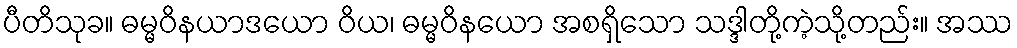
ပီတိသုခ။ ဓမ္မဝိနယာဒယော ဝိယ၊ ဓမ္မဝိနယော အစရှိသော သဒ္ဒါတို့ကဲ့သို့တည်း။ အဿ